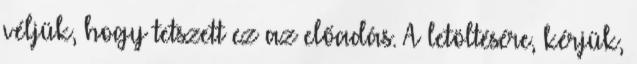
véljük, hogy tetszett ez az előadás. A letöltésére, kérjük,